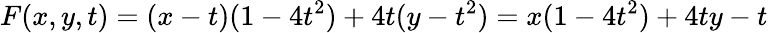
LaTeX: F(x,y,t)=(x-t)(1-4t^{2})+4t(y-t^{2})=x(1-4t^{2})+4ty-t